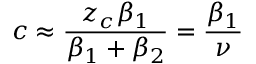
c \approx \frac { z _ { c } \beta _ { 1 } } { \beta _ { 1 } + \beta _ { 2 } } = \frac { \beta _ { 1 } } { \nu }